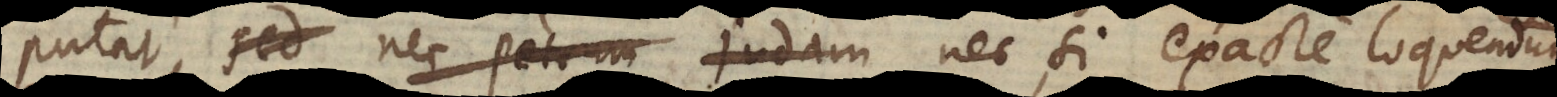
putat, sed nec Petrum Judam nec, si exacte loquendum